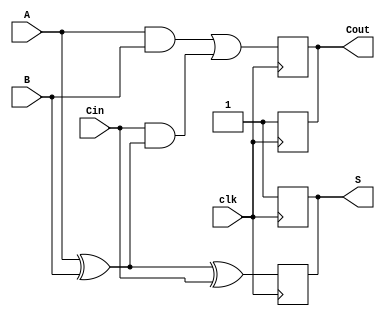
module dynamic_full_adder (
    input wire A,       // First input bit
    input wire B,       // Second input bit
    input wire Cin,     // Carry-in bit
    input wire clk,     // Clock signal
    output reg S,       // Sum output
    output reg Cout     // Carry-out output
);

    // Internal signals for precharge and evaluation
    reg S_precharge, Cout_precharge;
    wire S_eval, Cout_eval;

    // Evaluate the sum and carry-out based on inputs
    assign S_eval = A ^ B ^ Cin; // S = A XOR B XOR Cin
    assign Cout_eval = (A & B) | (Cin & (A ^ B)); // Cout = (A AND B) OR (Cin AND (A XOR B))

    always @(posedge clk) begin
        // Precharge phase
        S <= 1'b1;          // Precharge S to 1
        Cout <= 1'b1;       // Precharge Cout to 1
    end

    always @(negedge clk) begin
        // Evaluation phase
        S <= S_eval;        // Evaluate S
        Cout <= Cout_eval;  // Evaluate Cout
    end

endmodule